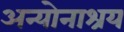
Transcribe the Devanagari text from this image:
अन्योनाश्रय